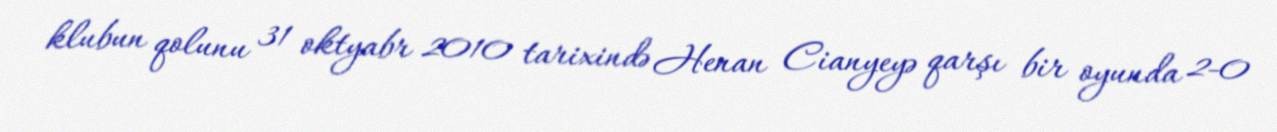
klubun qolunu 31 oktyabr 2010 tarixində Henan Cianyeyə qarşı bir oyunda 2-0